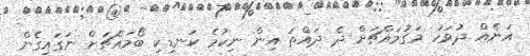
އަނެއް ދުވަހު މަގުމައްޗަށް ދެ ދައްތަ އިން ނިކުމެ ކަނޑިކި ބޯމައްޗަށް ނަގައިގެން